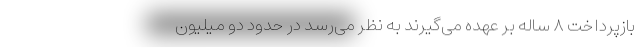
بازپرداخت ۸ ساله بر عهده می‌گیرند به نظر می‌رسد در حدود دو میلیون